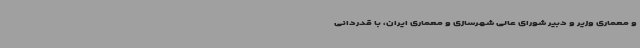
و معماری وزیر و دبیر شورای عالی شهرسازی و معماری ایران، با قدردانی